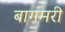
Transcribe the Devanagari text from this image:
बागमरी